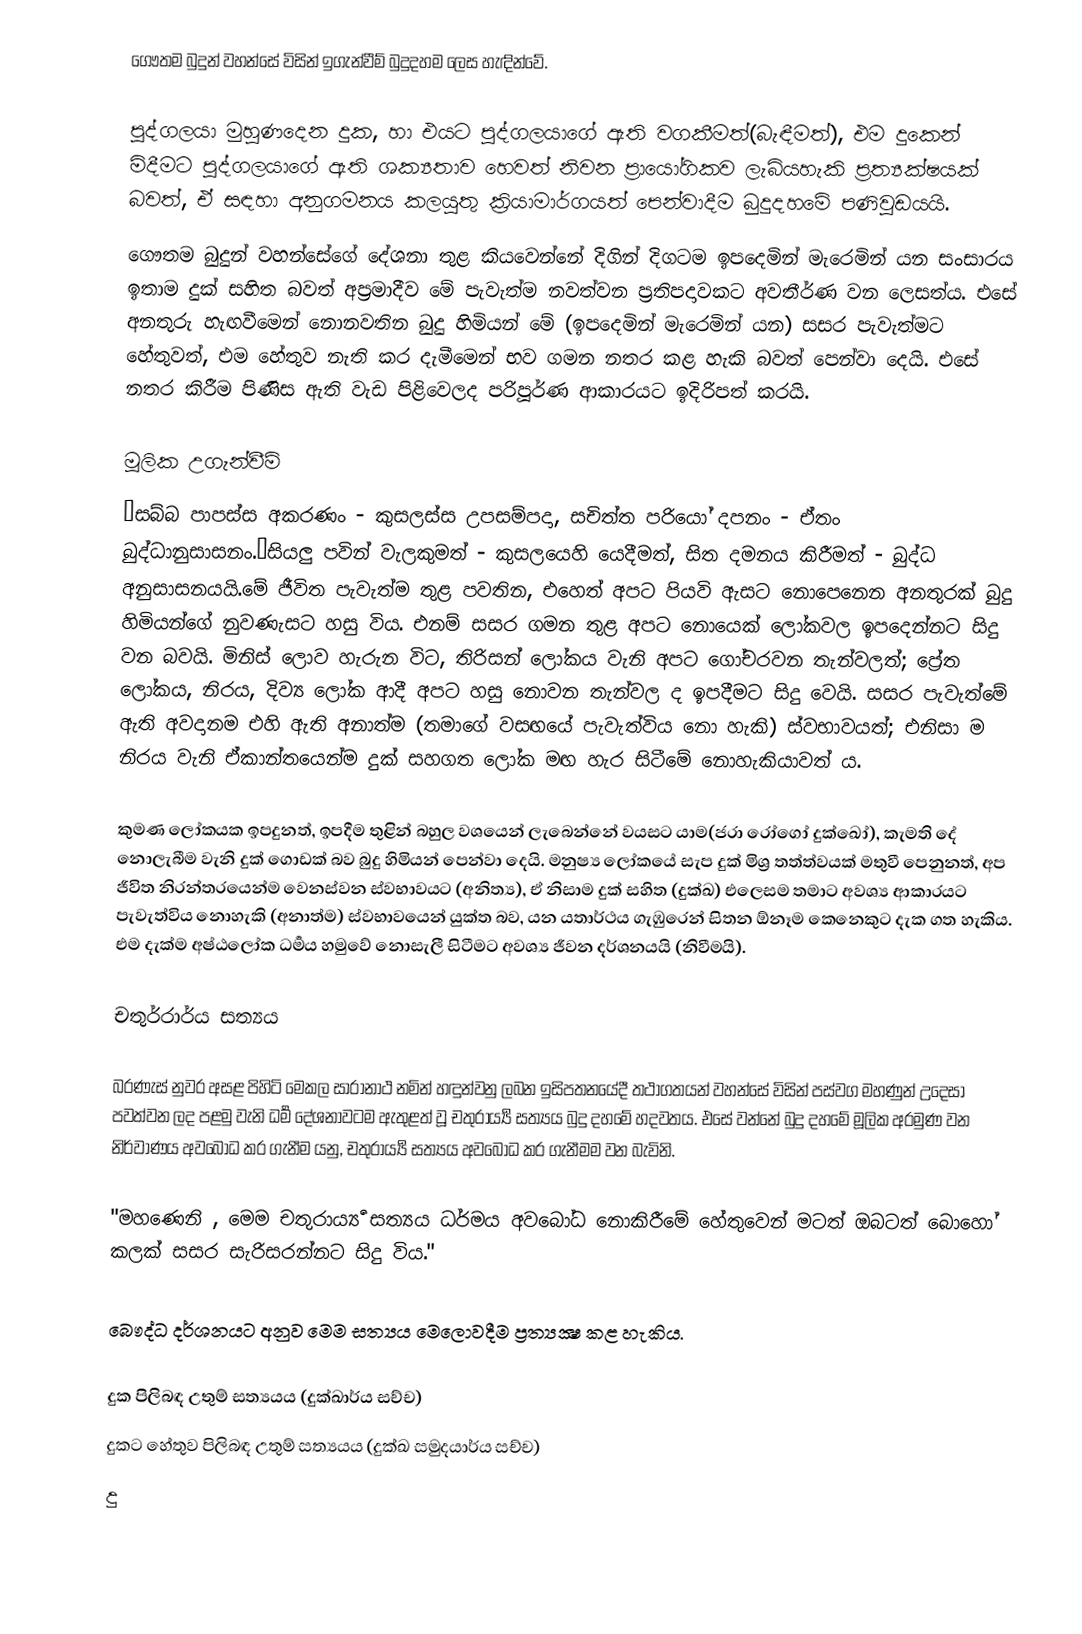
ගෞතම බුදුන් වහන්සේ විසින් ඉගැන්වීම් බුදුදහම ලෙස හැඳින්වේ.

පුද්ගලයා මුහුණදෙන දුක, හා එයට පුද්ගලයාගේ ඇති වගකීමත්(බැඳීමත්), එම දුකෙන් මිදීමට පුද්ගලයාගේ ඇති ශක්‍යතාව හෙවත් නිවන ප්‍රායෝගිකව ලැබියහැකි ප්‍රත්‍යක්ෂයක් බවත්, ඒ සඳහා අනුගමනය කලයුතු ක්‍රියාමාර්ගයත් පෙන්වාදීම බුදුදහමේ පණිවුඩයයි.
ගෞතම බුදුන් වහන්සේගේ දේශනා තුළ කියවෙන්නේ දිගින් දිගටම ඉපදෙමින් මැරෙමින් යන සංසාරය ඉතාම දුක් සහිත බවත් අප්‍රමාදීව මේ පැවැත්ම නවත්වන ප්‍රතිපදාවකට අවතීර්ණ වන ලෙසත්ය. එසේ අනතුරු හැඟවීමෙන් නොනවතින බුදු හිමියන් මේ (ඉපදෙමින් මැරෙමින් යන) සසර පැවැත්මට හේතුවත්, එම හේතුව නැති කර දැමීමෙන් භව ගමන නතර කළ හැකි බවත් පෙන්වා දෙයි. එසේ නතර කිරීම පිණිස ඇති වැඩ පිළිවෙලද පරිපූර්ණ ආකාරයට ඉදිරිපත් කරයි.

මූලික උගැන්වීම්
“සබ්බ පාපස්ස අකරණං - කුසලස්ස උපසම්පදා, සචිත්ත පරියෝ දපනං - ඒතං බුද්ධානුසාසනං.“සියලු පවින් වැලකුමත් - කුසලයෙහි යෙදීමත්, සිත දමනය කිරීමත් - බුද්ධ අනුසාසනයයි.මේ ජීවිත පැවැත්ම තුළ පවතින, එහෙත් අපට පියවි ඇසට නොපෙනෙන අනතුරක් බුදු හිමියන්ගේ නුවණැසට හසු විය. එනම් සසර ගමන තුළ අපට නොයෙක් ලෝකවල ඉපදෙන්නට සිදු වන බවයි. මිනිස් ලොව හැරුන විට, තිරිසන් ලෝකය වැනි අපට ගෝචරවන තැන්වලත්; ප්‍රේත ලෝකය, නිරය, දිව්‍ය ලෝක ආදී අපට හසු නොවන තැන්වල ද  ඉපදීමට සිදු වෙයි. සසර පැවැත්මේ ඇති අවදානම එහි ඇති අනාත්ම (තමාගේ වසඟයේ පැවැත්විය නො හැකි) ස්වභාවයත්; එනිසා ම නිරය වැනි ඒකාන්තයෙන්ම දුක් සහගත ලෝක මඟ හැර සිටීමේ නොහැකියාවත් ය.

කුමණ ලෝකයක ඉපදුනත්, ඉපදීම තුළින් බහුල වශයෙන් ලැබෙන්නේ වයසට යාම(ජරා රෝගෝ දුක්ඛෝ), කැමති දේ නොලැබීම  වැනි දුක් ගොඩක් බව බුදු හිමියන් පෙන්වා දෙයි. මනුෂ්‍ය ලෝකයේ සැප දුක් මිශ්‍ර තත්ත්වයක් මතුවී පෙනුනත්, අප ජීවිත නිරන්තරයෙන්ම වෙනස්වන ස්වභාවයට (අනිත්‍ය), ඒ නිසාම දුක් සහිත (දුක්ඛ) එලෙසම තමාට අවශ්‍ය ආකාරයට පැවැත්විය නොහැකි (අනාත්ම) ස්වභාවයෙන් යුක්ත බව, යන යතාර්ථය ගැඹුරෙන් සිතන ඕනෑම කෙනෙකුට දැක ගත හැකිය. එම දැක්ම අෂ්ඨලෝක ධර්‍මය හමුවේ නොසැලී සිටීමට අවශ්‍ය ජීවන දර්ශනයයි (නිවීමයි).

චතුර්රාර්ය සත්‍යය

බරණැස් නුවර අසළ පිහිටි මෙකල සාරානාථ නමින් හඳුන්වනු ලබන ඉසිපතනයේදී තථාගතයන් වහන්සේ විසින්  පස්වග මහණුන් උදෙසා පවත්වන ලද පළමු වැනි ධර්‍ම දේශනාවටම ඇතුළත් වූ චතුරාර්‍ය්‍ය සත්‍යය බුදු දහමේ හදවතය. එසේ වන්නේ බුදු දහමේ මූලික අරමුණ වන නිර්වාණය අවබෝධ කර ගැනීම යනු, චතුරාර්‍ය්‍ය සත්‍යය අවබෝධ කර ගැනීමම වන බැවිනි.

"මහණෙනි , මෙම චතුරාර්‍ය්‍ය සත්‍යය ධර්මය අවබෝධ නොකිරීමේ හේතුවෙන් මටත් ඔබටත් බොහෝ කලක් සසර සැරිසරන්නට සිදු විය."

බෞද්ධ දර්ශනයට අනුව මෙම සත්‍යය මෙලොවදීම ප්‍රත්‍ය‍‍‍‍‍‍‍‍‍‍‍‍‍‍‍‍‍‍‍‍‍‍‍‍‍‍‍‍‍‍‍‍‍‍‍‍‍ක්‍ෂ කළ හැකිය.

 දුක පිලිබඳ උතුම් සත්‍යයය (දුක්ඛාර්ය සච්ච)
 දුකට හේතුව පිලිබඳ උතුම් සත්‍යයය (දුක්ඛ සමුදයාර්ය සච්ච)
 දු